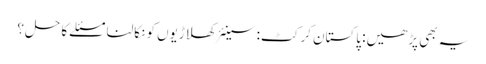
یہ بھی پڑھیں: پاکستان کرکٹ: سینئر کھلاڑیوں کو نکالنا مسئلے کا حل؟